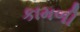
કામળી